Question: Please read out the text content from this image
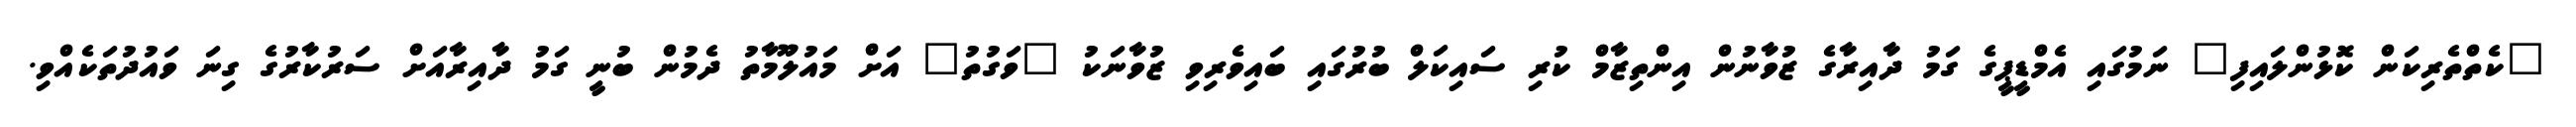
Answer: "ކެތްތެރިކަން ކޮޅުންލައިފި" ނަމުގައި އެމްޑީޕީގެ ގަމު ދާއިރާގެ ޒުވާނުން އިންތިޒާމް ކުރި ސައިކަލް ބުރުގައި ބައިވެރިވި ޒުވާނަކު "ވަގުތު" އަށް މައުލޫމާތު ދެމުން ބުނީ ގަމު ދާއިރާއަށް ސަރުކާރުގެ ގިނަ ވައުދުތަކެއްވި.